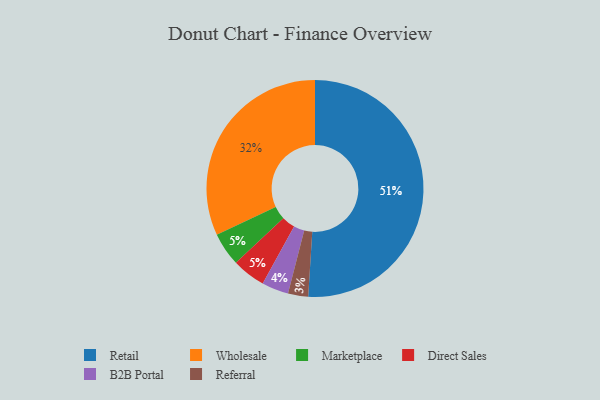
{"axis": {"x": "Category", "y": "Percentage"}, "legend": ["B2B Portal", "Direct Sales", "Marketplace", "Referral", "Retail", "Wholesale"], "data": [{"x": "Marketplace", "y": 5, "type": "Marketplace"}, {"x": "B2B Portal", "y": 4, "type": "B2B Portal"}, {"x": "Direct Sales", "y": 5, "type": "Direct Sales"}, {"x": "Wholesale", "y": 32, "type": "Wholesale"}, {"x": "Retail", "y": 51, "type": "Retail"}, {"x": "Referral", "y": 3, "type": "Referral"}]}